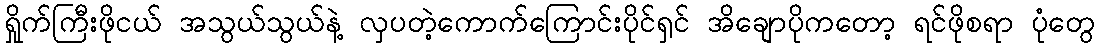
ရှိုက်ကြီးဖိုငယ် အသွယ်သွယ်နဲ့ လှပတဲ့ကောက်ကြောင်းပိုင်ရှင် အိချောပိုကတော့ ရင်ဖိုစရာ ပုံတွေ